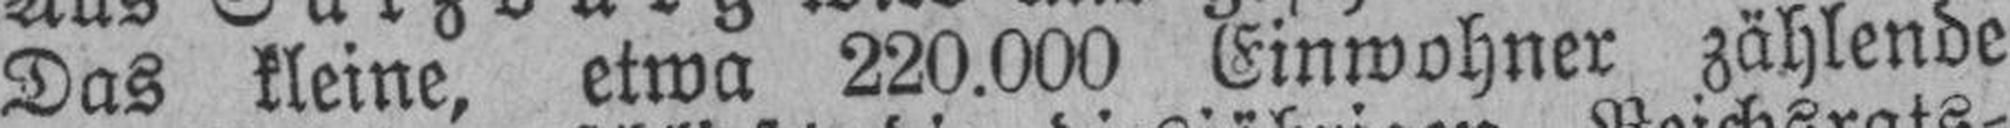
Das kleine, etwa 220.000 Einwohner zählende